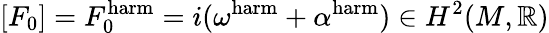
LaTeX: [F_{0}]=F_{0}^{\mathrm{harm}}=i(\omega^{\mathrm{harm}}+\alpha^{\mathrm{harm}})\in H^{2}(M,\mathbb{R})